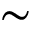
\sim